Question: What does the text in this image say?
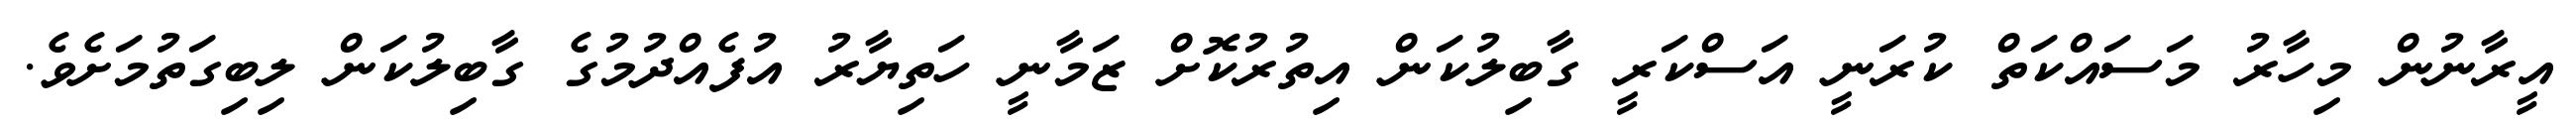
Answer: އީރާނުން މިހާރު މަސައްކަތް ކުރަނީ އަސްކަރީ ގާބިލުކަން އިތުރުކޮށް ޒަމާނީ ހަތިޔާރު އުފެއްދުމުގެ ގާބިލުކަން ލިބިގަތުމަށެވެ.